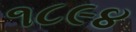
૧૮૯૪